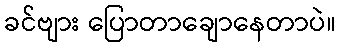
ခင်ဗျား ပြောတာချောနေတာပဲ။